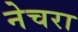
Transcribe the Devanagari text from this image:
नेचरा